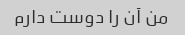
من آن را دوست دارم